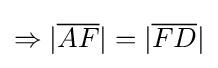
\Rightarrow |{\overline {AF}}|=|{\overline {FD}}|